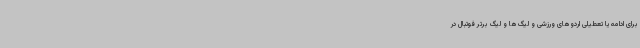
برای ادامه یا تعطیلی اردوهای ورزشی و لیگ‌ها و لیگ برتر فوتبال در